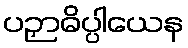
ပဉှာဓိပ္ပါယေန